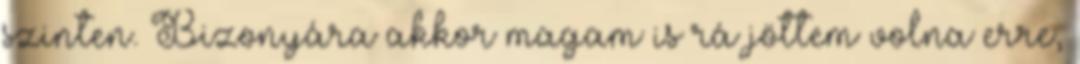
szinten. Bizonyára akkor magam is rá jöttem volna erre,